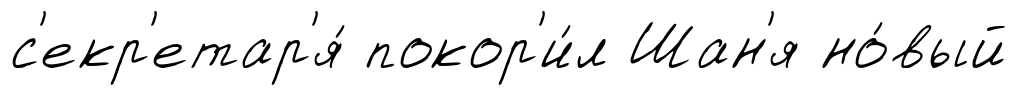
с'екр'етар'я́ покор'и́л Шан'я но́вый